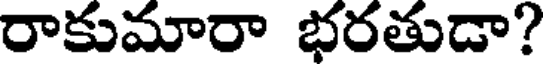
రాకుమారా భరతుడా?